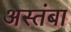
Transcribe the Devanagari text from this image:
अस्तंबा